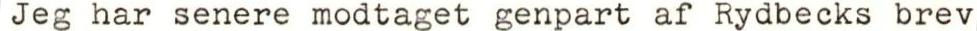
Jeg har senere modtaget genpart af Rydbecks brev